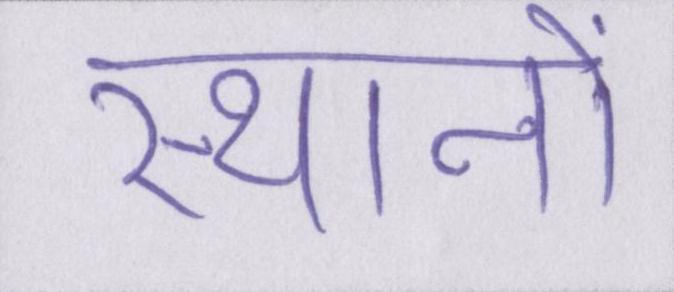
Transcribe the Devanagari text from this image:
स्थानों